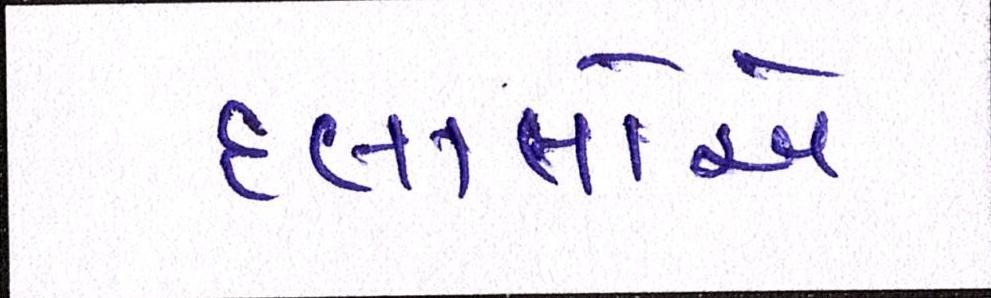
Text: દલાલોએ